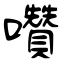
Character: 囋